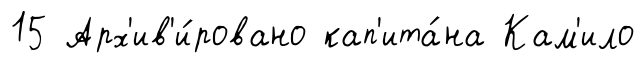
15 Арх'ив'и́ровано кап'ита́на Кам'ило